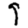
Digit: 9